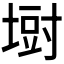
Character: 𪤁